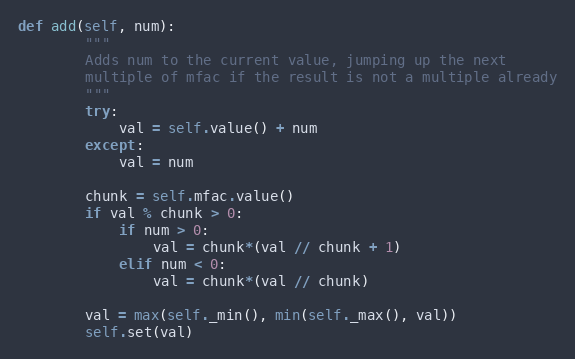
Language: Python
def add(self, num):
        """
        Adds num to the current value, jumping up the next
        multiple of mfac if the result is not a multiple already
        """
        try:
            val = self.value() + num
        except:
            val = num

        chunk = self.mfac.value()
        if val % chunk > 0:
            if num > 0:
                val = chunk*(val // chunk + 1)
            elif num < 0:
                val = chunk*(val // chunk)

        val = max(self._min(), min(self._max(), val))
        self.set(val)